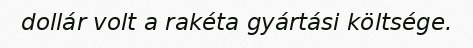
dollár volt a rakéta gyártási költsége.